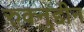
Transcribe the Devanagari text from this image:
रुक्नुद्दीन